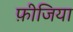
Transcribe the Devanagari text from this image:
फ़ीजिया